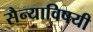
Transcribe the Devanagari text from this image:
सैन्याविषयी